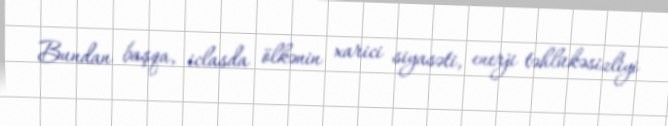
Bundan başqa, iclasda ölkənin xarici siyasəti, enerji təhlükəsizliyi